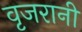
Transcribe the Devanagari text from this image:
वृजरानी